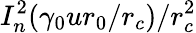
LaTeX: I_{n}^{2}(\gamma_{0}ur_{0}/r_{c})/r_{c}^{2}